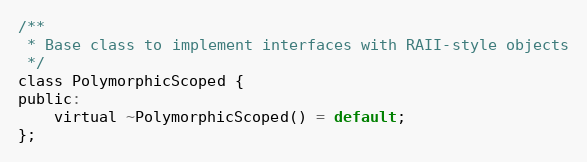
Language: C
/**
 * Base class to implement interfaces with RAII-style objects
 */
class PolymorphicScoped {
public:
    virtual ~PolymorphicScoped() = default;
};